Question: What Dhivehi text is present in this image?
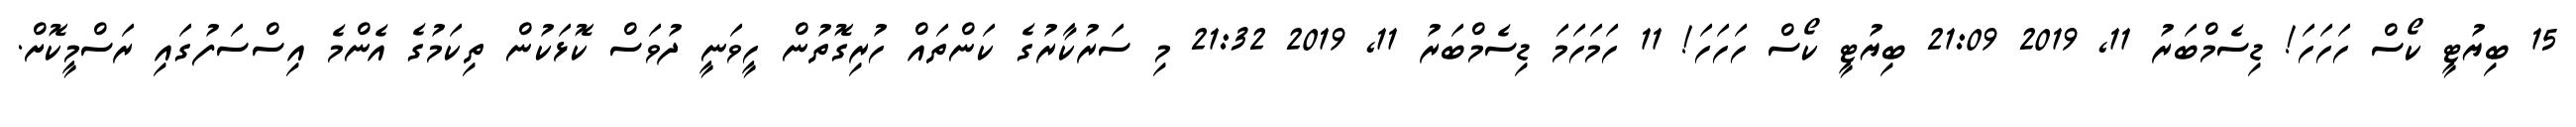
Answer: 15 ބިޔުޓީ ކޯސް ހަހަހަ! ޑިސެމްބަރު 11, 2019 21:09 ބިޔުޓީ ކޯސް ހަހަހަ! 11 ހަމަހަމަ ޑިސެމްބަރު 11, 2019 21:32 މި ސަރުކާރުގެ ކަންތައް ހުރިގޮތުން ހީވަނީ ދުވަސް ކޮޅަކުން ތިކަމުގެ އެންމެ އިސްސަފުގައި ރަސްމީކޮށް.